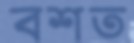
বশত